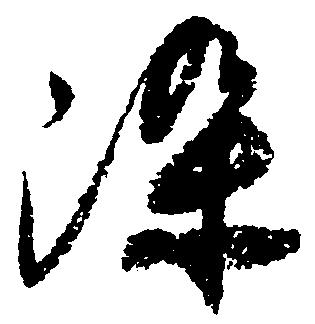
染